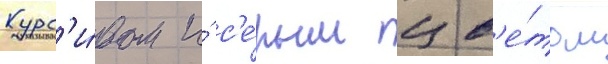
Курс'и́вом и́ с'е́рым цв'е́том